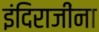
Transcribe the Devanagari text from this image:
इंदिराजींना